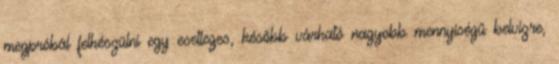
megpróbál felkészülni egy esetleges, később várható nagyobb mennyiségű belvízre,